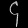
Digit: ၄